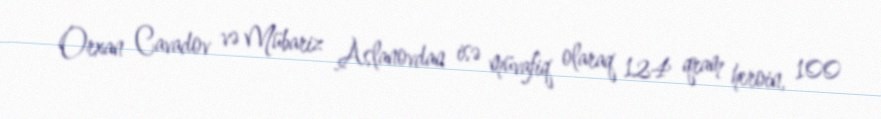
Orxan Cavadov və Mübariz Aslanovdan isə müvafiq olaraq 124 qram heroin, 100